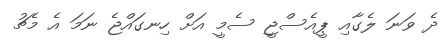
ދެ ވަނަ ލެގާއި ޕީއެސްޖީ ސެމީ އަށް ހިނގައްޖެ ނަމަ އެ މެޗު